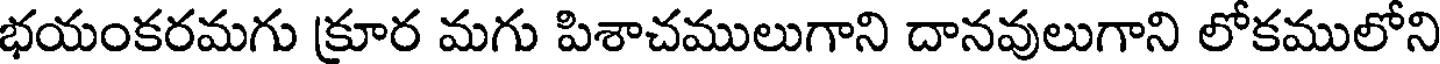
భయంకరమగు క్రూర మగు పిశాచములుగాని దానవులుగాని లోకములోని